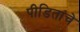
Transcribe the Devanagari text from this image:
पीडितांचे